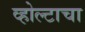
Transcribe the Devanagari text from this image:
व्होल्टाचा